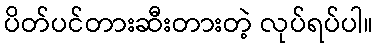
ပိတ်ပင်တားဆီးတားတဲ့ လုပ်ရပ်ပါ။